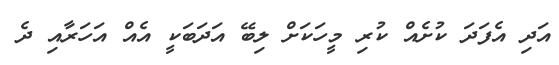
އަދި އެފަދަ ކުށެއް ކުރި މީހަކަށް ލިބޭ އަދަބަކީ އެއް އަހަރާއި ދެ